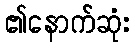
၏နောက်ဆုံး